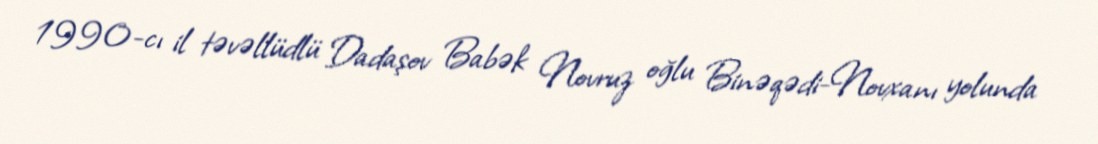
1990-cı il təvəllüdlü Dadaşov Babək Novruz oğlu Binəqədi-Novxanı yolunda